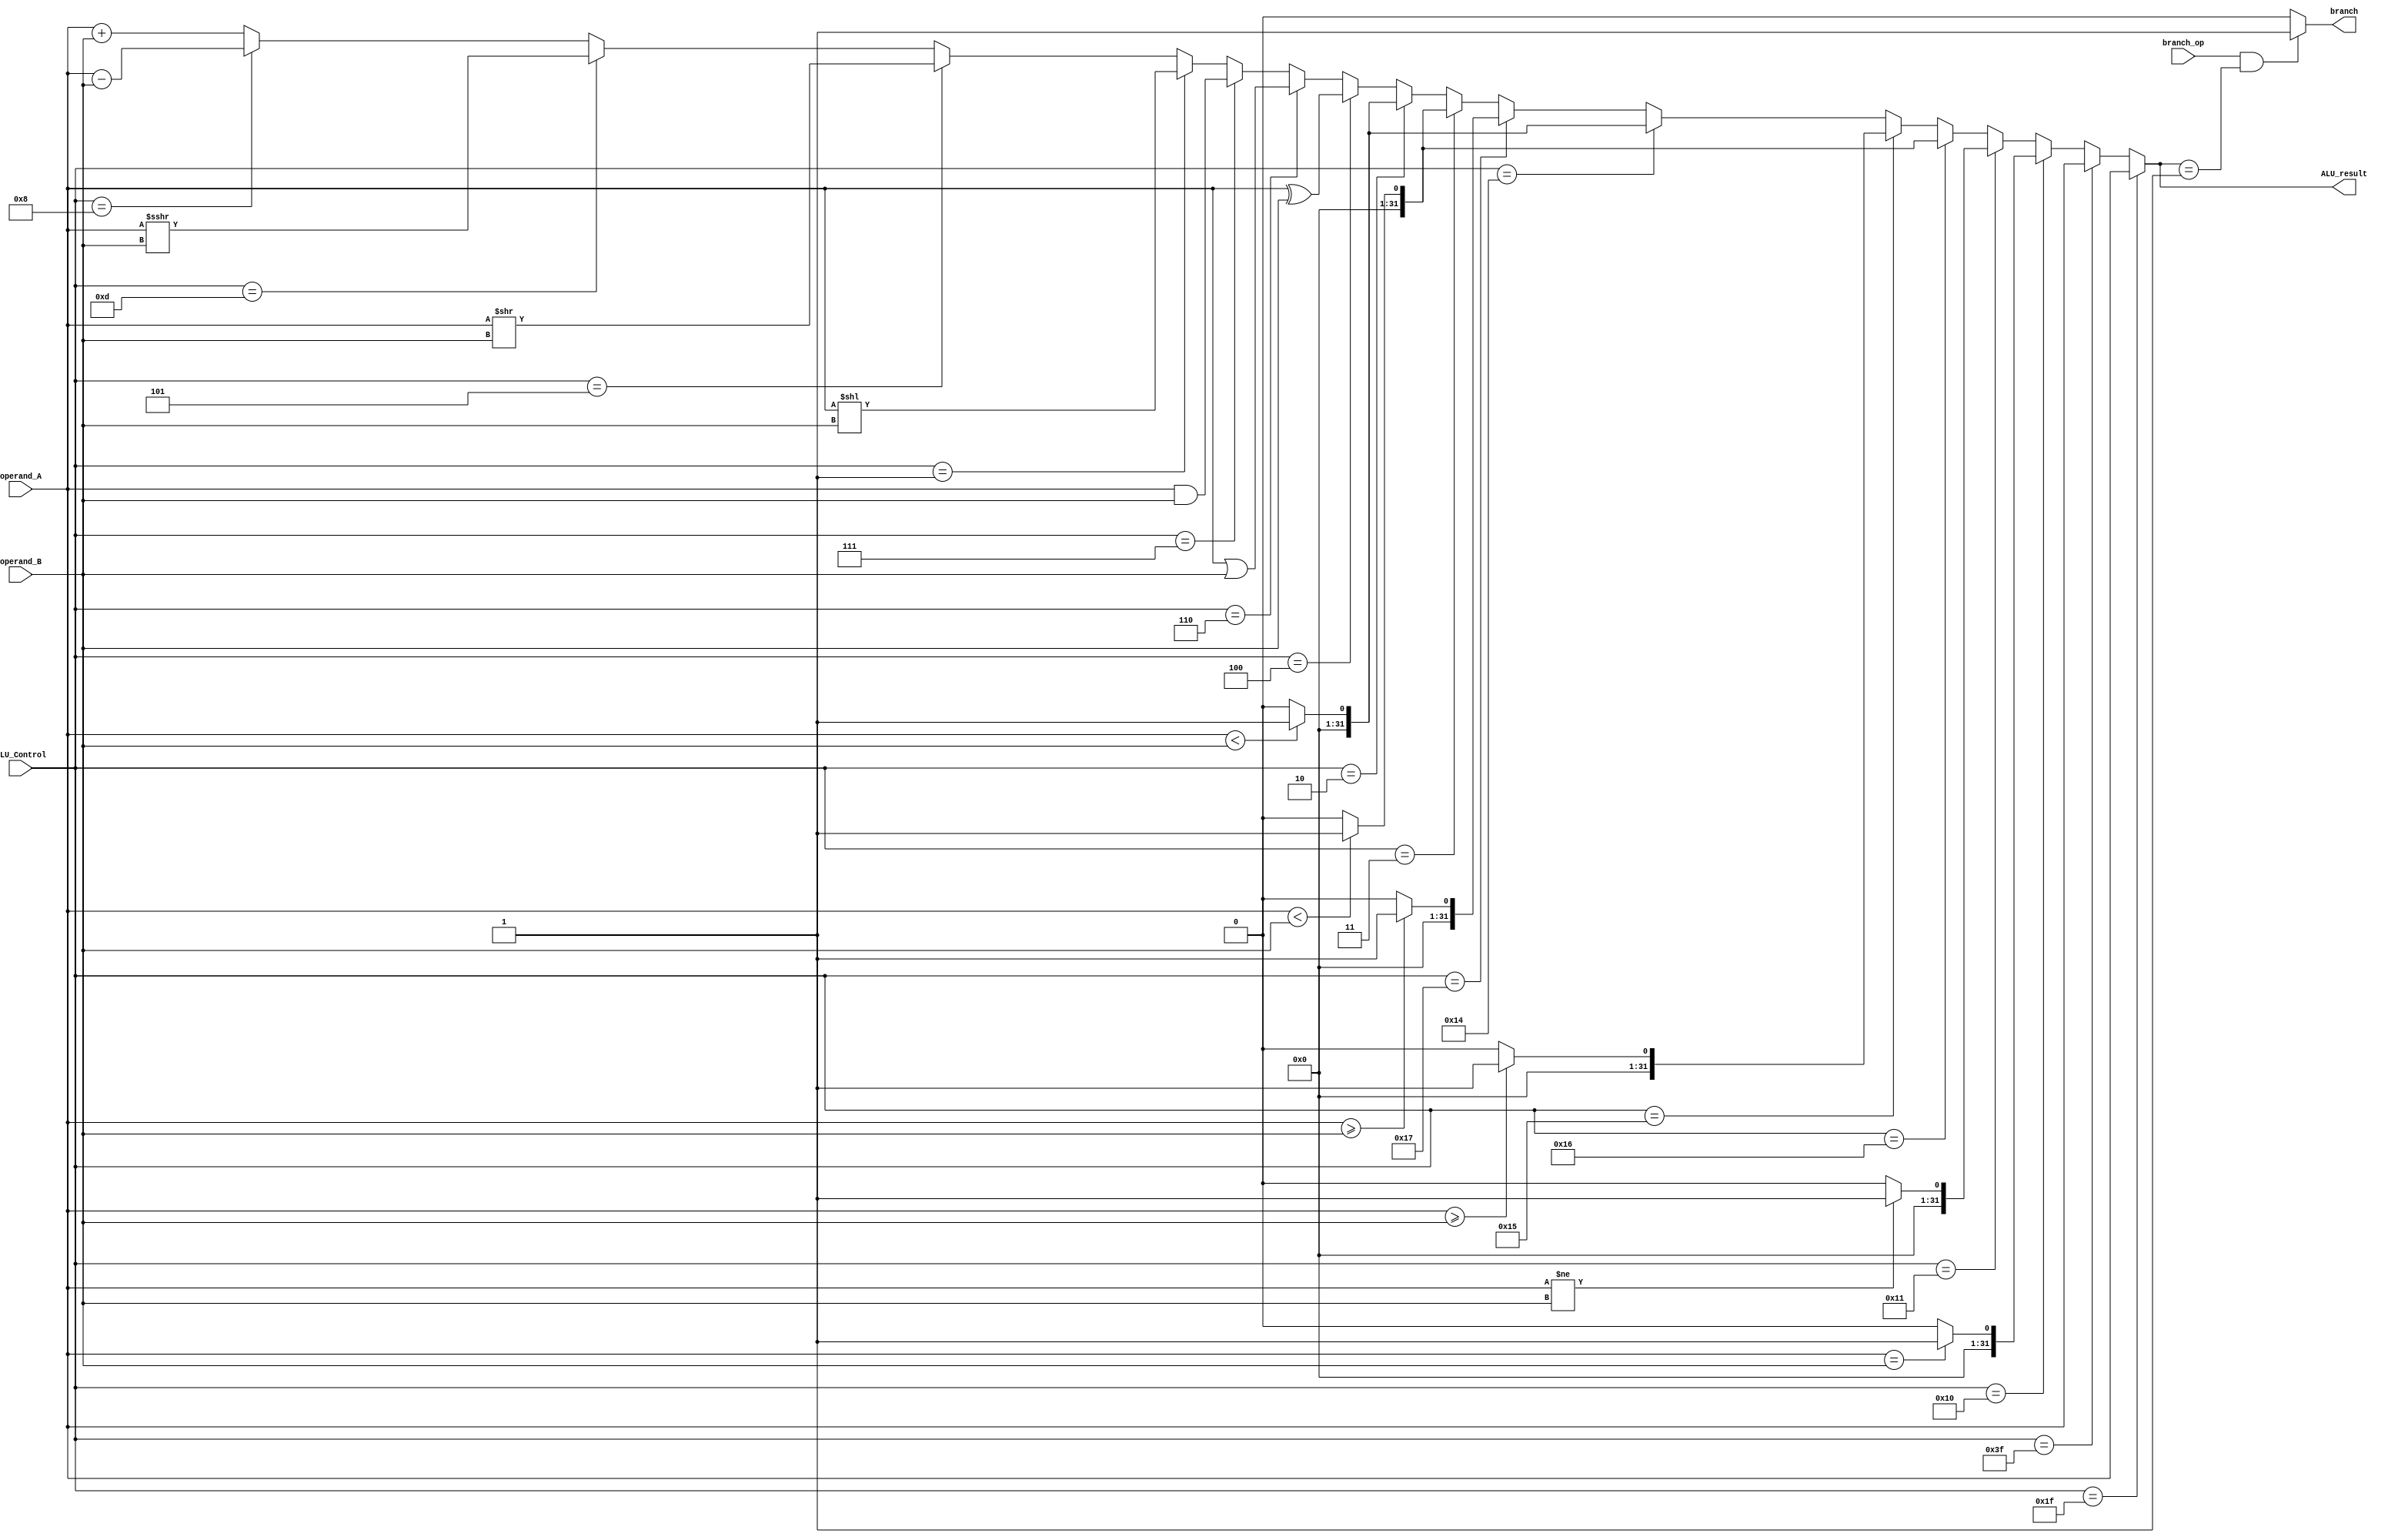
// Name: Sarina Sabharwal, Mario Han
// BU ID: U83678891, U28464330
// EC413 Project: ALU

module ALU (
  input branch_op,
  input [5:0]  ALU_Control,
  input [31:0] operand_A,
  input [31:0] operand_B,
  output [31:0] ALU_result,
  output branch
);

/******************************************************************************
*                      Start Your Code Here
******************************************************************************/    

assign branch = (branch_op == 1'b1 && ALU_result == 32'b1)? 1'b1:1'b0;
assign ALU_result = (ALU_Control == 6'b011111)? operand_A: //JAL
    (ALU_Control == 6'b111111)? operand_A: //JALR
    (ALU_Control == 6'b010000)? (($signed(operand_A)== $signed(operand_B))? 32'b1:32'b0): //BEQ
    (ALU_Control == 6'b010001)? (($signed(operand_A)!=$signed(operand_B))? 32'b1:32'b0): //BNE
    (ALU_Control == 6'b010110)? ((operand_A<operand_B)? 32'b1:32'b0): // BLTU
    (ALU_Control == 6'b010101)? (($signed(operand_A)>=$signed(operand_B))? 32'b1:32'b0): //BGE
    (ALU_Control == 6'b010100)? ( ($signed(operand_A)< $signed(operand_B) )? 32'b1:32'b0): //BLT
    (ALU_Control == 6'b010111)? ((operand_A>=operand_B)? 32'b1:32'b0): //BGEU
    (ALU_Control == 6'b000011)? ((operand_A<operand_B)? 32'b1:32'b0): //SLTIU,SLTU
    (ALU_Control == 6'b000010)? (($signed(operand_A)<$signed(operand_B))? 32'b1:32'b0): //SLTI,SLT
    (ALU_Control == 6'b000100)? (operand_A ^ operand_B): //XOR
    (ALU_Control == 6'b000110)? (operand_A | operand_B): //ORI, OR
    (ALU_Control == 6'b000111)? (operand_A & operand_B): //AND,ANDI
    (ALU_Control == 6'b000001)? (operand_A << operand_B): //SLL,SLLI
    (ALU_Control == 6'b000101)? (operand_A >> operand_B): //SRL,SRLI
    (ALU_Control == 6'b001101)? ($signed($signed(operand_A)>>>operand_B)): //SRA,SRAI
    (ALU_Control == 6'b001000)? ($signed(operand_A) - $signed(operand_B)): //SUB
    operand_A +operand_B; //LUI,AUIPC,LW,SW,ADDI,ADD
    
    
    

/*
works but frowned upon cause ANY signal triggers it due to *
always @(*)
begin
    branch <= branch_op;
    case(ALU_Control)
    6'b000000: //LUI,AUIPC,LW,SW,ADDI,ADD done
        ALU_result <= operand_A + operand_B;
    6'b011111: //JAL done
        ALU_result <= operand_A;
    6'b111111: //JALR done
        ALU_result <= operand_A;
    6'b010000://BEQ done
        ALU_result <= (operand_A==operand_B)? 32'b1:32'b0;
    6'b010001: //BNE done
        ALU_result <= (operand_A!=operand_B)? 32'b1:32'b0;
    6'b010110: //BLTU done
        ALU_result <= (operand_A<operand_B)? 32'b1:32'b0;
    6'b010101: //BGE done
        ALU_result <= ($signed(operand_A)>=$signed(operand_B))? 32'b1:32'b0;
    6'b010100: //BLT done
        ALU_result <= ($signed(operand_A)<$signed(operand_B))? 32'b1:32'b0;
    6'b010111://BGEU done
        ALU_result <= (operand_A>=operand_B)? 32'b1:32'b0;
    6'b000011: //SLTIU,SLTU done
        ALU_result <= (operand_A<operand_B)? 32'b1:32'b0;
    6'b000010: //SLTI,SLT done
        ALU_result <= ($signed(operand_A)<$signed(operand_B))? 32'b1:32'b0;
    6'b000100: //XORI 
        ALU_result <= (operand_A ^ operand_B);
    6'b000110: //ORI, OR
        ALU_result <= (operand_A | operand_B);
    6'b000111: //AND, ANDI
        ALU_result <= (operand_A & operand_B);
    6'b000001: //SLL, SLLI
        ALU_result <= operand_A << operand_B;
    6'b000101: //SRL,SRLI
        ALU_result <= operand_A >> operand_B;
    6'b001101: //SRAI, SRA
        ALU_result <= $signed(operand_A) >>> $signed(operand_B);
    6'b001000: //SUB
        ALU_result <= $signed(operand_A) - $signed(operand_B);
     endcase 
  end
  */     
endmodule